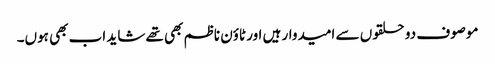
موصوف دو حلقوں سے امیدوار ہیں اور ٹاؤن ناظم بھی تھے شاید اب بھی ہوں۔